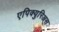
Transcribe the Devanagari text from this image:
एपिक्युरिअस